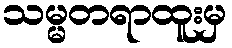
သမ္မတရာထူးမှ